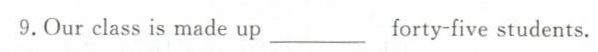
9.Our class is made up ____forty-five students.